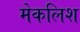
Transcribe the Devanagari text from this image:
मेकलिश